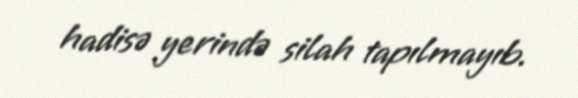
hadisə yerində silah tapılmayıb.